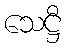
သေဋ္ဌီ